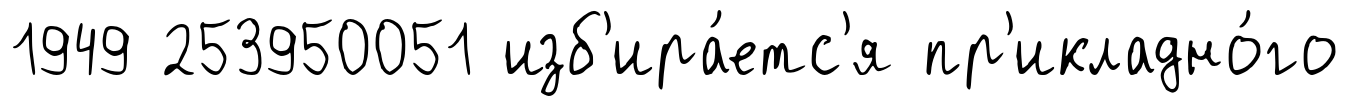
1949 253950051 изб'ира́етс'я пр'икладно́го